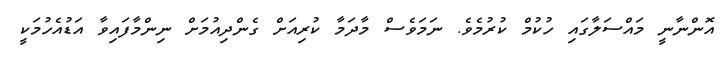
އޮންނާނީ މައްސަލާގައި ހުކުމް ކުރުމެވެ. ނަމަވެސް މާދަމާ ކުރިއަށް ގެންދިއުމަށް ނިންމާފައިވާ އަޑުއެހުމަކީ